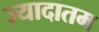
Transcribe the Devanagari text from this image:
ज्यादातम